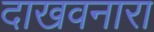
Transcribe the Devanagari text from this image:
दाखवनारा